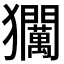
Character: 𱮰